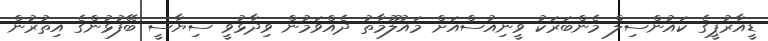
ޑީއާރުޕީގެ ކައުންސިލް މެންބަރަކު ވީނިއުސްއަށް މައުލޫމާތު ދެއްވަމުން ވިދާޅުވީ ސިޔާސީ ބޭފުޅުންގެ އިތުރުން